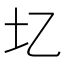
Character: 𫭖